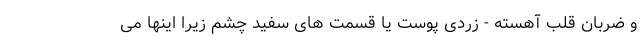
و ضربان قلب آهسته - زردی پوست یا قسمت های سفید چشم زیرا اینها می